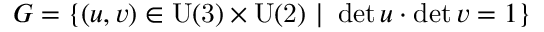
G = \{ ( u , v ) \in \mathrm { U ( 3 ) } \times \mathrm { U ( 2 ) } \ | \ \operatorname * { d e t } u \cdot \operatorname * { d e t } v = 1 \}